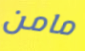
مامن